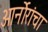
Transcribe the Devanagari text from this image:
आर्नोरांचा